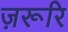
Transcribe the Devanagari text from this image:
ज़रूरि